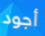
أجود